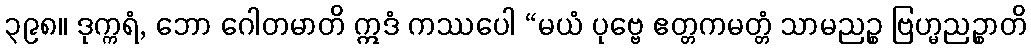
၃၉၈။ ဒုက္ကရံ, ဘော ဂေါတမာတိ ဣဒံ ကဿပေါ “မယံ ပုဗ္ဗေ ဧတ္တကမတ္တံ သာမညဉ္စ ဗြဟ္မညဉ္စာတိ